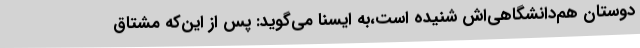
دوستان هم‌دانشگاهی‌اش شنیده است،به ایسنا می‌گوید: پس از این‌که مشتاق